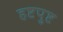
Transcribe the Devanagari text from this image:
हष्टपुष्ट